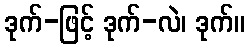
ဒုက်-ဖြင့် ဒုက်-လဲ၊ ဒုက်။